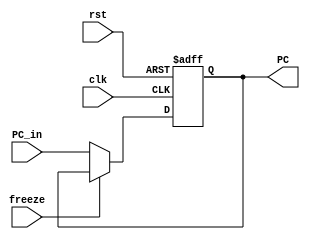
module PC_Reg (
    input clk, rst, freeze,
    input [31:0] PC_in,
    output reg [31:0] PC 
);

  always @(posedge clk, posedge rst) begin
      if (rst) begin
          PC = 32'd0;
      end else begin
          if (~freeze) begin
              PC = PC_in;
          end
      end
  end

endmodule